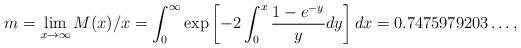
LaTeX: \begin{align*}m=\lim_{x\to\infty} M(x)/x=\int_0^\infty \exp\left[-2\int_0^x \frac{1-e^{-y}}{y}dy\right]dx=0.7475979203\dots ,\end{align*}